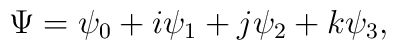
\Psi = \psi_0 + i \psi_1 + j \psi_2 + k \psi_3,